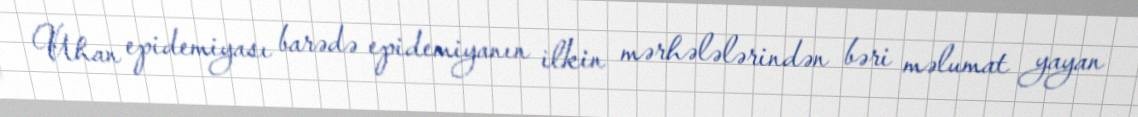
Uhan epidemiyası barədə epidemiyanın ilkin mərhələlərindən bəri məlumat yayan